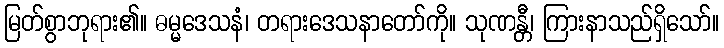
မြတ်စွာဘုရား၏။ ဓမ္မဒေသနံ၊ တရားဒေသနာတော်ကို။ သုဏန္တီ၊ ကြားနာသည်ရှိသော်။